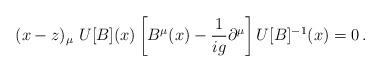
LaTeX: \begin{align*} (x-z)_\mu\ U[B](x)\left[B^\mu(x) -{1\over i g} \partial^\mu\right]U[B]^{-1}(x) = 0 \,.\end{align*}